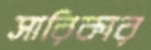
সারিকার